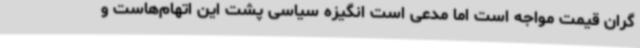
گران قیمت مواجه است اما مدعی است انگیزه سیاسی پشت این اتهام‌هاست و